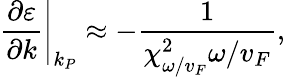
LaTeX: \left.\frac{\partial\varepsilon}{\partial k}\right\vert_{k_{P}}\approx-\frac{1}{\chi_{\omega/v_{F}}^{2}\omega/v_{F}},